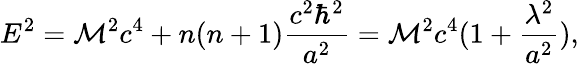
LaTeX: E^{2}=\mathcal{M}^{2}c^{4}+n(n+1)\frac{{c^{2}\hbar^{2}}}{{a^{2}}}=\mathcal{M}^{2}c^{4}(1+\frac{{\lambda^{2}}}{{a^{2}}}),